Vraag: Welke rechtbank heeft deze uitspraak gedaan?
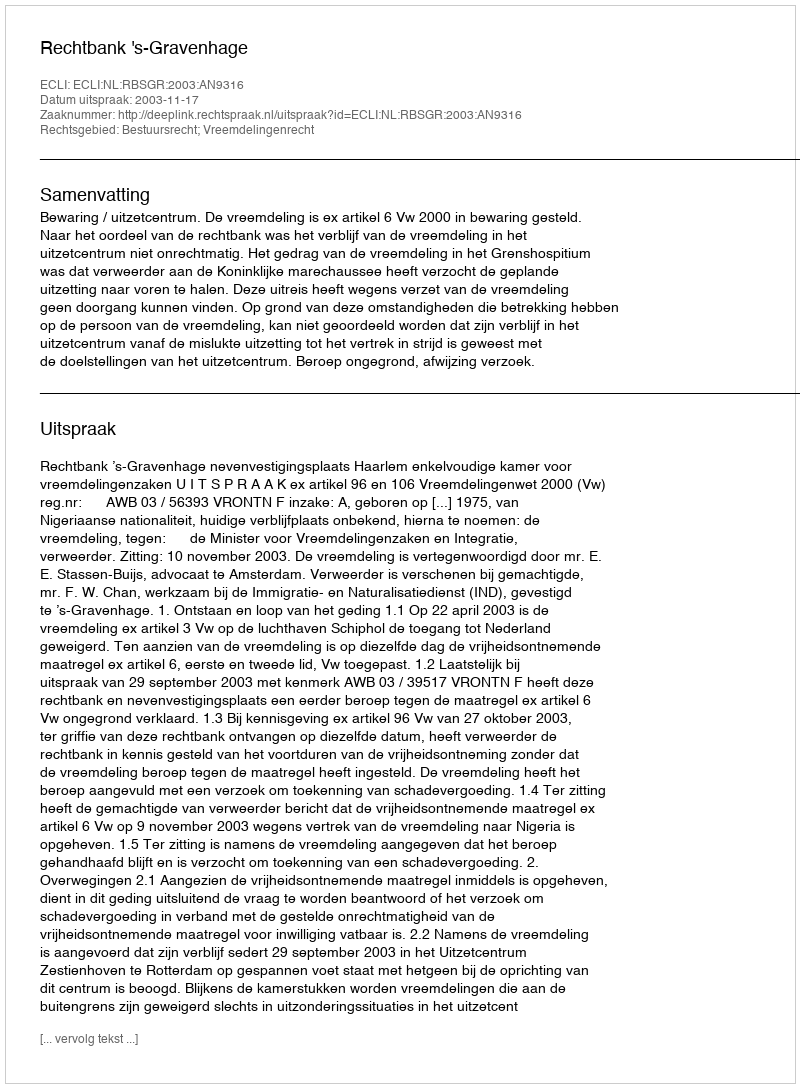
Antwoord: Rechtbank 's-Gravenhage